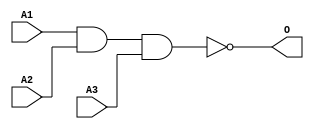
module JNAND3C(A1, A2, A3, O);
input   A1;
input   A2;
input   A3;
output  O;
nand g0(O, A1, A2, A3);
endmodule